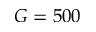
G = 5 0 0